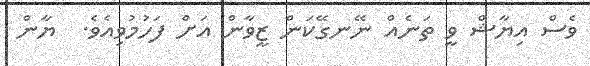
ވެސް އިޔާޝް ވީ ތަނެއް ނޭނގޭކަންް ޒީވާން އަށް ފަހުމުވިއެވެ.  ޔާން